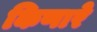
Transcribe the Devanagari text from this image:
किणारे